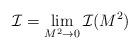
LaTeX: \begin{align*}{\cal I} = \lim_{M^2 \rightarrow 0} {\cal I}(M^2)\end{align*}